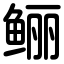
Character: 鲡